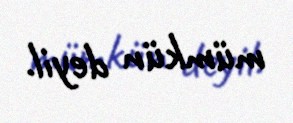
mümkün deyil.